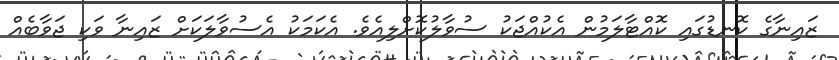
ޒައިނާގެ ކޮނޑުގައި ކޮއްޓާލަމުން އެކުއްޖަކު ސުވާލުކޮށްލިއެވެ. އެކަމަކު އެސުވާލަކަށް ޒައިނާ ވަކި ޖަވާބެއް